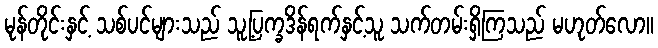
မုန်တိုင်းနှင့် သစ်ပင်များသည် သူ့ပြက္ခဒိန်ရက်နှင့်သူ သက်တမ်းရှိကြသည် မဟုတ်လော။